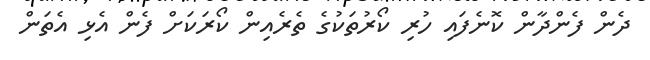
ދެން ފެންދާން ކޮނެފައި ހުރި ކޯރުތަކުގެ ތެރެއިން ކޯރަކަށް ފެން އެޅި އެތަން